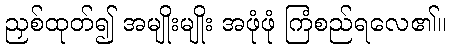
ညှစ်ထုတ်၍ အမျိုးမျိုး အဖုံဖုံ ကြံစည်ရလေ၏။